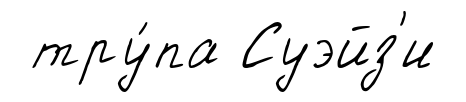
тру́па Суэйз'и